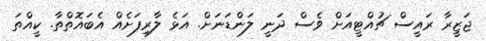
ޖަޒީރާ ރައީސް ޗުއްޓީއަށް ވެސް ދަނީ ލަންޑަނަށް. އަޅެ ލާރިފަށެއް އެބައޮތްތާ. ކީއްތަ